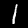
Label: 1